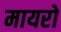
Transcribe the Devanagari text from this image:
मायरो